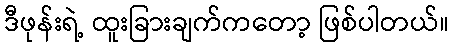
ဒီဖုန်းရဲ့ ထူးခြားချက်ကတော့ ဖြစ်ပါတယ်။